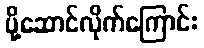
ပို့ဆောင်လိုက်ကြောင်း